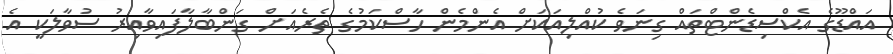
އައްޑޫގެ އެކްސިޑެންޓްތައް ގިނަވެ ކުއްލިއަކަށް އެންމެން ހާސްކަމުގެ ތެރެއަށް ގަންބާލާފައިވާއިރު ސުވާލަކީ އެ